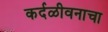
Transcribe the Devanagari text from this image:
कर्दळीवनाचा